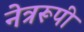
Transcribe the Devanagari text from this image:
नेत्ररूपी